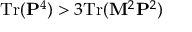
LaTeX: \mathrm { T r } ( { \bf P } ^ { 4 } ) > 3 \mathrm { T r } ( { \bf M } ^ { 2 } { \bf P } ^ { 2 } )